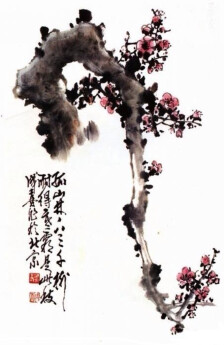
君子贵其身而后能及人，是以有礼。